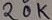
Text: 20K